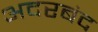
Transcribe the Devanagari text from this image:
अदरबंद